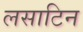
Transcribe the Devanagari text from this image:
लसाटिन